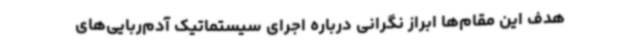
هدف این مقام‌ها ابراز نگرانی درباره اجرای سیستماتیک آدم‌ربایی‌های